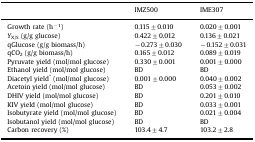
|  | IMZ500 | IME307 |
 | --- | --- | --- |
 | Growth rate (h−1) | 0.115±0.010 | 0.020±0.001 |
 | YX/S (g/g glucose) | 0.422±0.012 | 0.136±0.021 |
 | qGlucose (g/g biomass/h) | −0.273±0.030 | −0.152±0.031 |
 | qCO2 (g/g biomass/h) | 0.165±0.012 | 0.089±0.019 |
 | Pyruvate yield (mol/mol glucose) | 0.330±0.001 | 0.001±0.000 |
 | Ethanol yield (mol/mol glucose) | BD | BD |
 | Diacetyl yield* (mol/mol glucose) | 0.001±0.000 | 0.040±0.002 |
 | Acetoin yield (mol/mol glucose) | BD | 0.053±0.002 |
 | DHIV yield (mol/mol glucose) | BD | 0.201±0.010 |
 | KIV yield (mol/mol glucose) | BD | 0.033±0.001 |
 | Isobutyrate yield (mol/mol glucose) | BD | 0.021±0.004 |
 | Isobutanol yield (mol/mol glucose) | BD | BD |
 | Carbon recovery (%) | 103.4±4.7 | 103.2±2.8 |